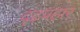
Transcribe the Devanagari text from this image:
दृढ़प्रहार